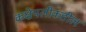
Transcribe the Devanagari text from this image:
कक्षेपलीकडील